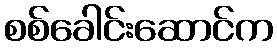
စစ်ခေါင်းဆောင်က